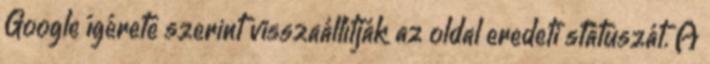
Google ígérete szerint visszaállítják az oldal eredeti státuszát. A